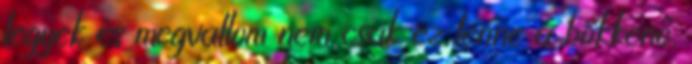
legyek és megvallom nem csak ez lenne a bökkenő.